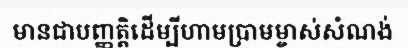
មានជាបញ្ញត្តិដើម្បីហាមប្រាមម្ចាស់សំណង់